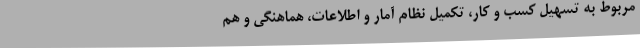
مربوط به تسهیل کسب و کار، تکمیل نظام آمار و اطلاعات، هماهنگی و هم